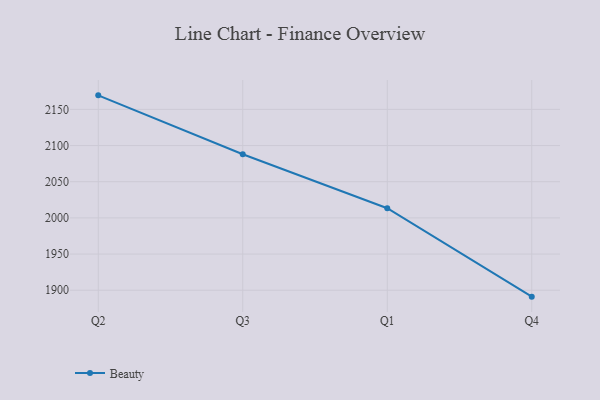
{"axis": {"x": "Quarter", "y": "Page Views"}, "legend": ["Beauty"], "data": [{"x": "Q2", "y": 2169.4, "type": "Beauty"}, {"x": "Q3", "y": 2088.0, "type": "Beauty"}, {"x": "Q1", "y": 2013.4, "type": "Beauty"}, {"x": "Q4", "y": 1891.1, "type": "Beauty"}]}